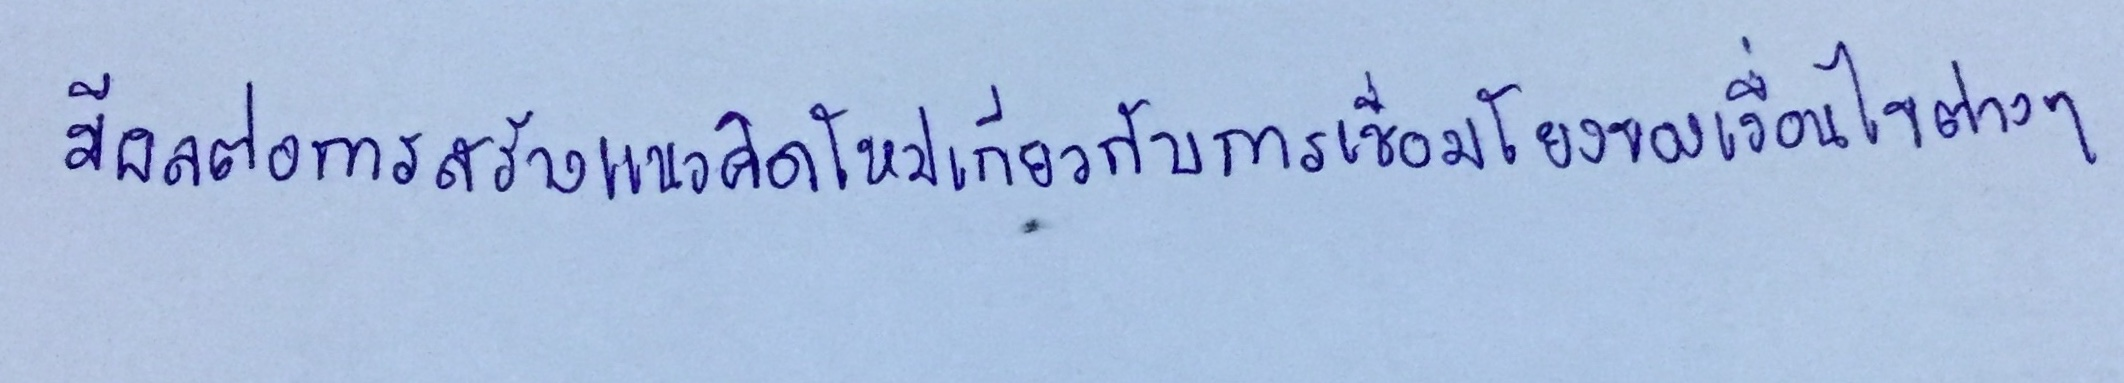
มีผลต่อการสร้างแนวคิดใหม่เกี่ยวกับการเชื่อมโยงของเงื่อนไขต่างๆ